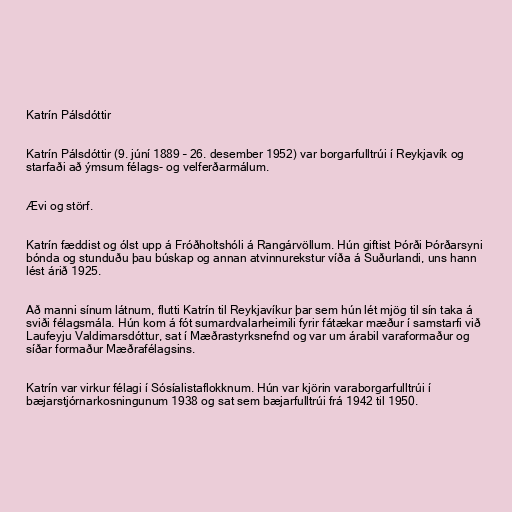
Katrín Pálsdóttir

Katrín Pálsdóttir (9. júní 1889 – 26. desember 1952) var borgarfulltrúi í Reykjavík og
starfaði að ýmsum félags- og velferðarmálum.

Ævi og störf.

Katrín fæddist og ólst upp á Fróðholtshóli á Rangárvöllum. Hún giftist Þórði Þórðarsyni
bónda og stunduðu þau búskap og annan atvinnurekstur víða á Suðurlandi, uns hann
lést árið 1925.

Að manni sínum látnum, flutti Katrín til Reykjavíkur þar sem hún lét mjög til sín taka á
sviði félagsmála. Hún kom á fót sumardvalarheimili fyrir fátækar mæður í samstarfi við
Laufeyju Valdimarsdóttur, sat í Mæðrastyrksnefnd og var um árabil varaformaður og
síðar formaður Mæðrafélagsins.

Katrín var virkur félagi í Sósíalistaflokknum. Hún var kjörin varaborgarfulltrúi í
bæjarstjórnarkosningunum 1938 og sat sem bæjarfulltrúi frá 1942 til 1950.